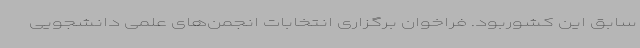
سابق این کشوربود. فراخوان برگزاری انتخابات انجمن‌های علمی دانشجویی